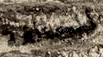
المخالفة